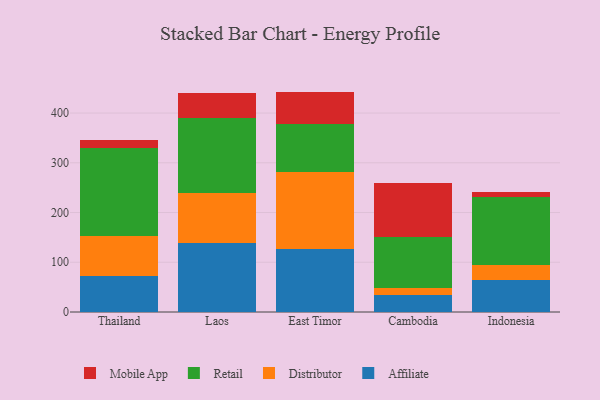
{"axis": {"x": "Country", "y": "Revenue (USD Million)"}, "legend": ["Affiliate", "Distributor", "Mobile App", "Retail"], "data": [{"x": "Thailand", "y": 71.5, "type": "Affiliate"}, {"x": "Thailand", "y": 81.0, "type": "Distributor"}, {"x": "Thailand", "y": 176.9, "type": "Retail"}, {"x": "Thailand", "y": 15.8, "type": "Mobile App"}, {"x": "Laos", "y": 139.3, "type": "Affiliate"}, {"x": "Laos", "y": 99.2, "type": "Distributor"}, {"x": "Laos", "y": 152.0, "type": "Retail"}, {"x": "Laos", "y": 50.7, "type": "Mobile App"}, {"x": "East Timor", "y": 126.0, "type": "Affiliate"}, {"x": "East Timor", "y": 154.8, "type": "Distributor"}, {"x": "East Timor", "y": 96.6, "type": "Retail"}, {"x": "East Timor", "y": 65.7, "type": "Mobile App"}, {"x": "Cambodia", "y": 34.7, "type": "Affiliate"}, {"x": "Cambodia", "y": 13.7, "type": "Distributor"}, {"x": "Cambodia", "y": 102.4, "type": "Retail"}, {"x": "Cambodia", "y": 108.0, "type": "Mobile App"}, {"x": "Indonesia", "y": 63.7, "type": "Affiliate"}, {"x": "Indonesia", "y": 30.1, "type": "Distributor"}, {"x": "Indonesia", "y": 137.0, "type": "Retail"}, {"x": "Indonesia", "y": 10.5, "type": "Mobile App"}]}